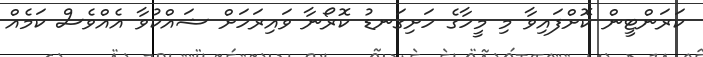
ކަރަންޓީން ކޮށްފައިވާ މި މީހާގެ ހަށިގަނޑު ކޮރޯނާ ވައިރަހަށް ޝައްކުވާ އެއްވެސް ކަމެއް